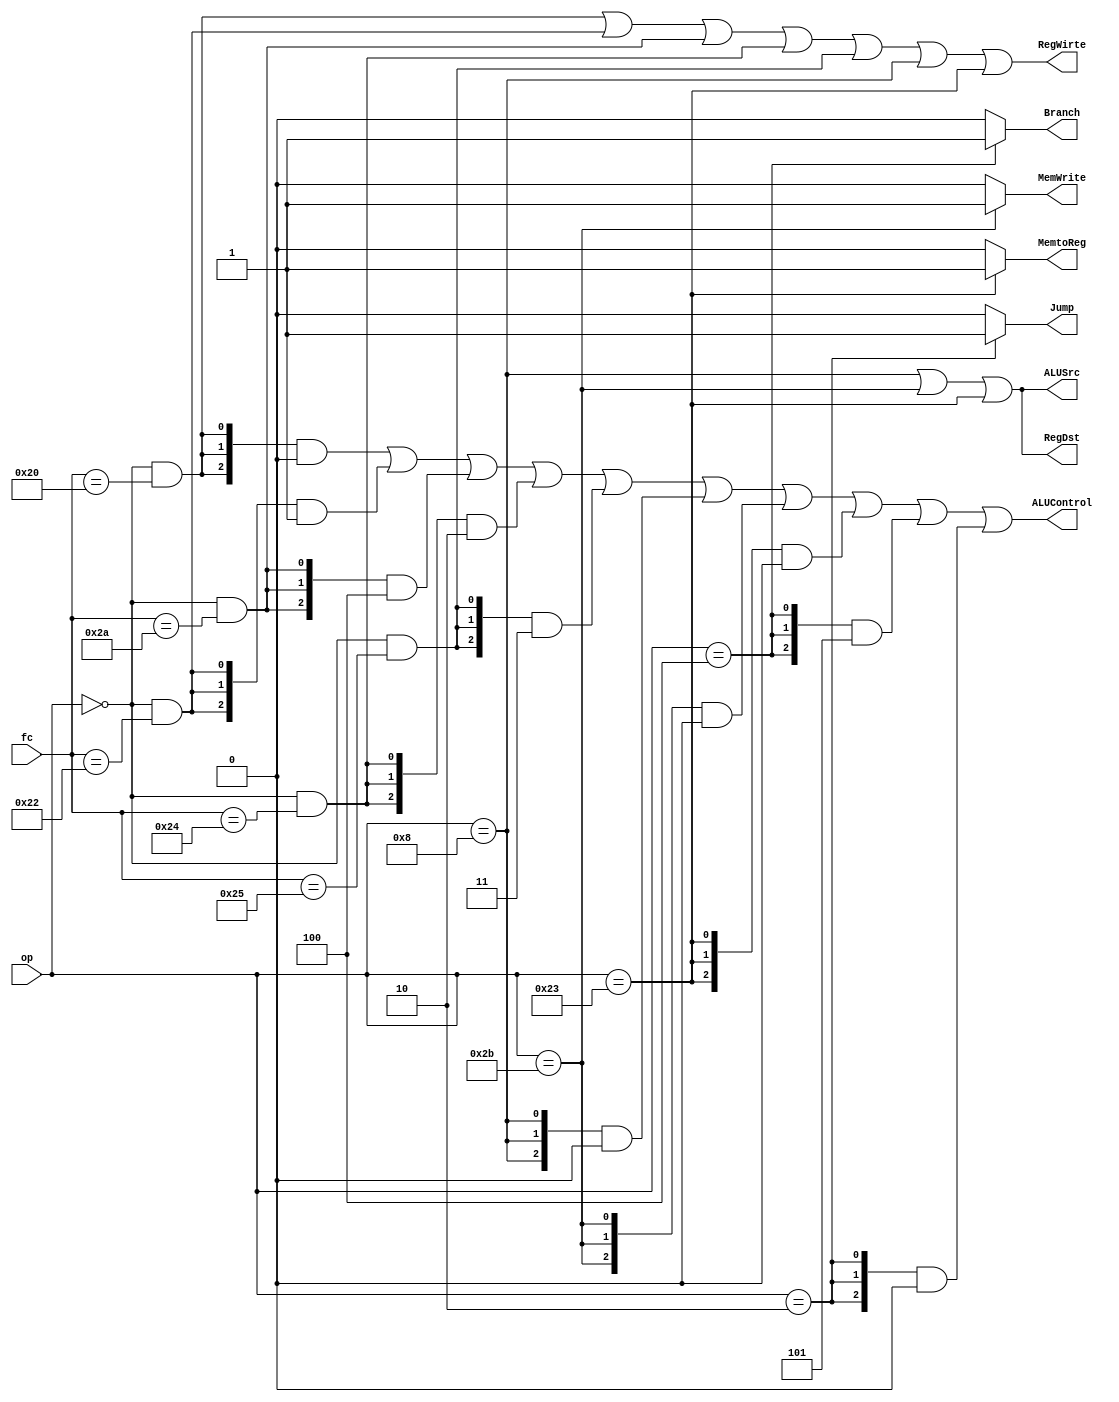
module ControlUnit(
input [5:0]op,
input [5:0]fc,

output MemtoReg,        
output MemWrite,
output Branch,
output Jump,
output ALUSrc,
output RegDst,
output RegWirte,	
output [2:0]ALUControl
);

wire opcode_000000 = (op == 6'b000000);

wire add_req  = opcode_000000 & (fc == 6'b100000);
wire sub_req  = opcode_000000 & (fc == 6'b100010);
wire slt_req  = opcode_000000 & (fc == 6'b101010);
wire and_req  = opcode_000000 & (fc == 6'b100100);
wire or_req   = opcode_000000 & (fc == 6'b100101);
wire addi_req =                 (op == 6'b001000);
wire sw_req   =                 (op == 6'b101011);
wire lw_req   =                 (op == 6'b100011);
wire beq_req  =                 (op == 6'b000100);
wire j_req    =                 (op == 6'b000010);

assign MemtoReg = lw_req ? 1'b1 : 1'b0;

assign MemWrite = sw_req ? 1'b1 : 1'b0;

assign Branch = beq_req ? 1'b1 : 1'b0;

assign Jump = j_req ? 1'b1 : 1'b0;

assign ALUSrc = addi_req | sw_req | lw_req;

assign RegDst = addi_req | sw_req | lw_req;

assign RegWirte = add_req | sub_req | slt_req | and_req | or_req | addi_req | lw_req;

assign ALUControl = ({3{add_req}}  & 3'b000) |
                    ({3{sub_req}}  & 3'b001) |
                    ({3{slt_req}}  & 3'b100) |
                    ({3{and_req}}  & 3'b010) |
                    ({3{or_req}}   & 3'b011) |
                    ({3{addi_req}} & 3'b000) |
                    ({3{sw_req}}   & 3'b000) |
                    ({3{lw_req}}   & 3'b000) |
                    ({3{beq_req}}  & 3'b101) |
                    ({3{j_req}}    & 3'b000);

endmodule